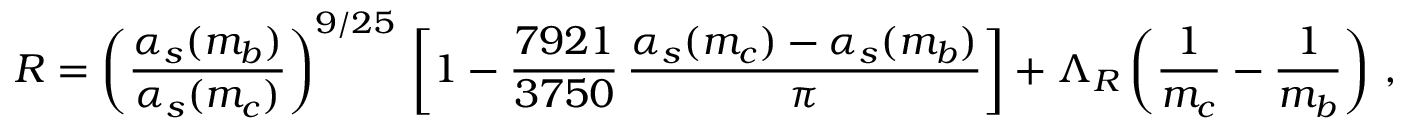
R = \left( \frac { \alpha _ { s } ( m _ { b } ) } { \alpha _ { s } ( m _ { c } ) } \right) ^ { 9 / 2 5 } \, \left[ 1 - \frac { 7 9 2 1 } { 3 7 5 0 } \, \frac { \alpha _ { s } ( m _ { c } ) - \alpha _ { s } ( m _ { b } ) } { \pi } \right] + \Lambda _ { R } \left( \frac { 1 } { m _ { c } } - \frac { 1 } { m _ { b } } \right) \, ,